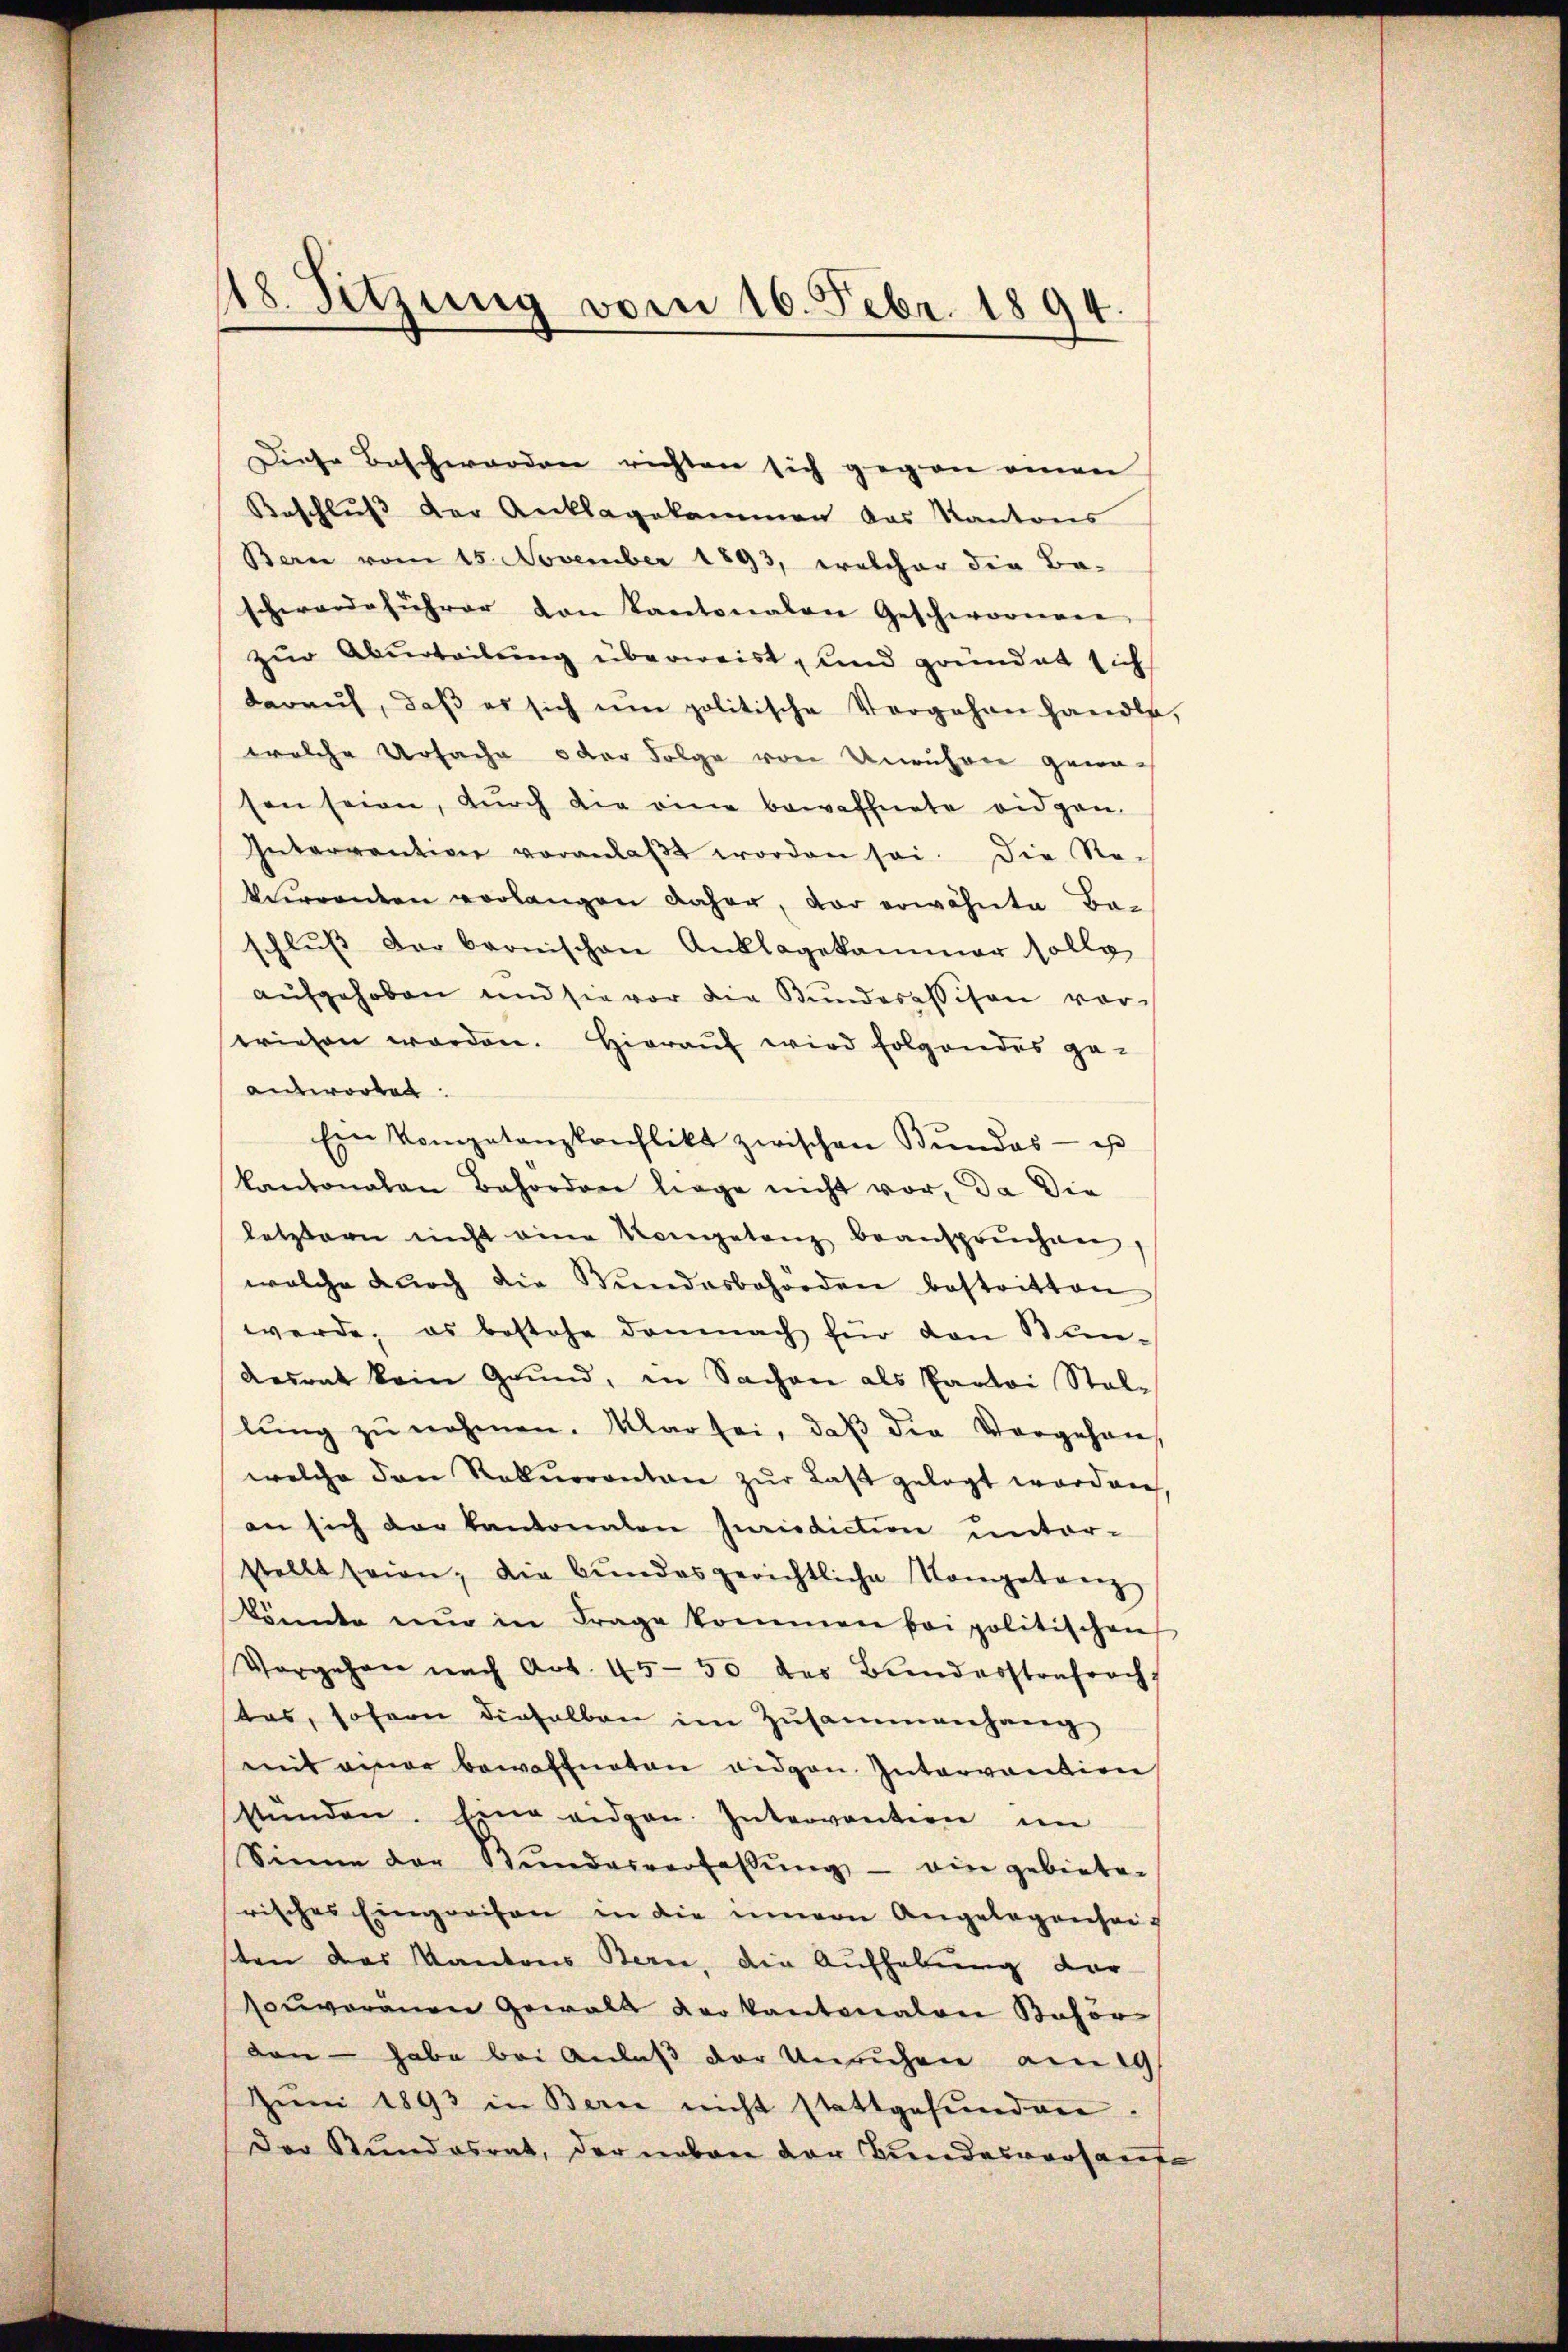
48. Sitzung vom 16. Febr. 1894.

Beschluß der Anklagekommen das Kantons
Bern vom 15. November 1893, welcher die Ba-
schwerdeführer von Kantonalen Geschwornere
zur Aburteilung überweist, und gründet sich
darauf, daβ es sich um politische Vergehen handle,
welche Ursache oder Folge von Unruhen gena-
sen seien, durch die eine bewaffnete eidgen.
Interrention voranlaβt worden sei. Die Re-
Verrenten vorlangen daher, vor erwähnte Baschlŭβ der bernischen Anklagekammer solle
aufgehoben und sie vor die Bŭnderessison vor-
wiesen werden. Hieraŭf wird folgendes ge-
antworten.
Ein Vompetanzkonflikt zwischen Bŭndes - es
kantonalen Behörden liege nicht vor, da die
letztern nicht eine Kongetanz beansprŭchen,
welche dŭrch die Fundarbohroden bestritten
werde, es bestehe demnach für den Blin-
desrat kein Grund, in Sachen als Partoi Stallŭng zŭ nehmen. Klar sei, daβ die Vorgehen,
welche den Rekurrontan zŭr Last gelegt worden
an sich der kantonalen Iurisdictin unter-
stellt seien; die Bŭndesgerichtliche Kompetanz
könnte nŭr in Frage kommen bei politischen
Vorgehen nach Art. 4550 des Bundesstrafrech
tas, sofern dieselben im Zusammenhang
mit einer bewaffneten eidgen. Intervention
stünden. Eine eidgen. Intervention im
Sinne der Stŭndesverfassŭng - ein gebieten
risches Eingreifen in die innern Angelegenseit
sten das Kantons Bern, die Aufhebung der
souveränen Gewalt der kantonalen Kaför
van - habe bei Anlaß der Unruhen am 19
Jŭni 1893 in Bern nicht stattgefŭnden.
Der Stundesrat, der neben der Brandesverhande

Diese Beschwerden richten sich gegen einen